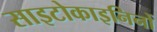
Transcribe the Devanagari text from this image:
साइटोकाइनिनों